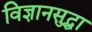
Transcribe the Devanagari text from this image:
विज्ञानसुद्धा